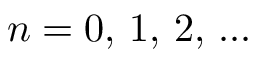
n = 0 , \, 1 , \, 2 , \, . . .